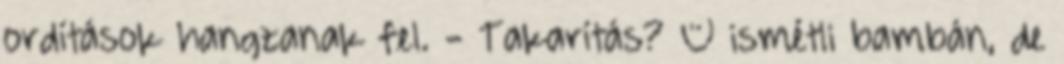
ordítások hangzanak fel. - Takarítás? – ismétli bambán, de